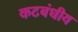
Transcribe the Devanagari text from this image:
कटबंधीय